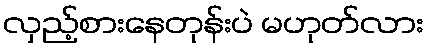
လှည့်စားနေတုန်းပဲ မဟုတ်လား